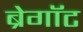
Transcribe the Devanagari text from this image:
ब्रेगॉट